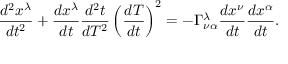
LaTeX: { \frac { d ^ { 2 } x ^ { \lambda } } { d t ^ { 2 } } } + { \frac { d x ^ { \lambda } } { d t } } { \frac { d ^ { 2 } t } { d T ^ { 2 } } } \left( { \frac { d T } { d t } } \right) ^ { 2 } = - \Gamma _ { \nu \alpha } ^ { \lambda } { \frac { d x ^ { \nu } } { d t } } { \frac { d x ^ { \alpha } } { d t } } .